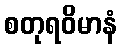
စတုရဝိမာနံ